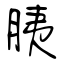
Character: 胰